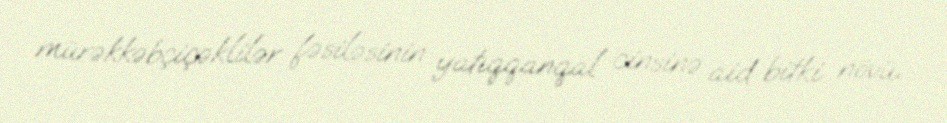
mürəkkəbçiçəklilər fəsiləsinin yatıqqanqal cinsinə aid bitki növü.